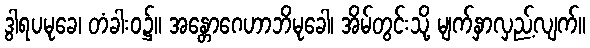
ဒွါရပမုခေ၊ တံခါးဝ၌။ အန္တောဂေဟာဘိမုခေါ၊ အိမ်တွင်းသို့ မျက်နှာလှည့်လျက်။